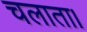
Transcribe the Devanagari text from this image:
चलाता।